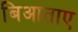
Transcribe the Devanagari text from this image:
बिआताए